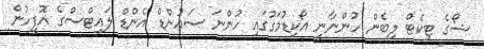
ޝޯގެ ޓިކެޓް ލިބެން ހުންނާނީ އޯކިޑުމަގުގައި ހުންނަ ސައުންޑް އެންޑް ލައިޓްސްގެ އޮފީހުން